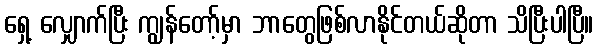
ရှေ့ လျှောက်ပြီး ကျွန်တော့်မှာ ဘာတွေဖြစ်လာနိုင်တယ်ဆိုတာ သိပြီးပါပြီ။